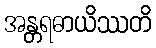
အန္တရဓာယိဿတိ